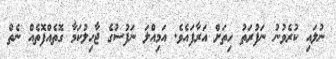
ނުލައި ކުރެވުނު ނަފުރަތު ހިތަށް އަރާފައެވެ. އަމިއްލަ ނަފުސުގެ ޖާހިލުކަމާ ގޮތެއްފޮތެއް ނެތް